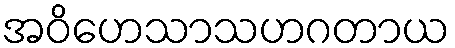
အဝိဟေသာသဟဂတာယ